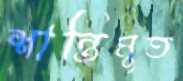
শান্তিমুত